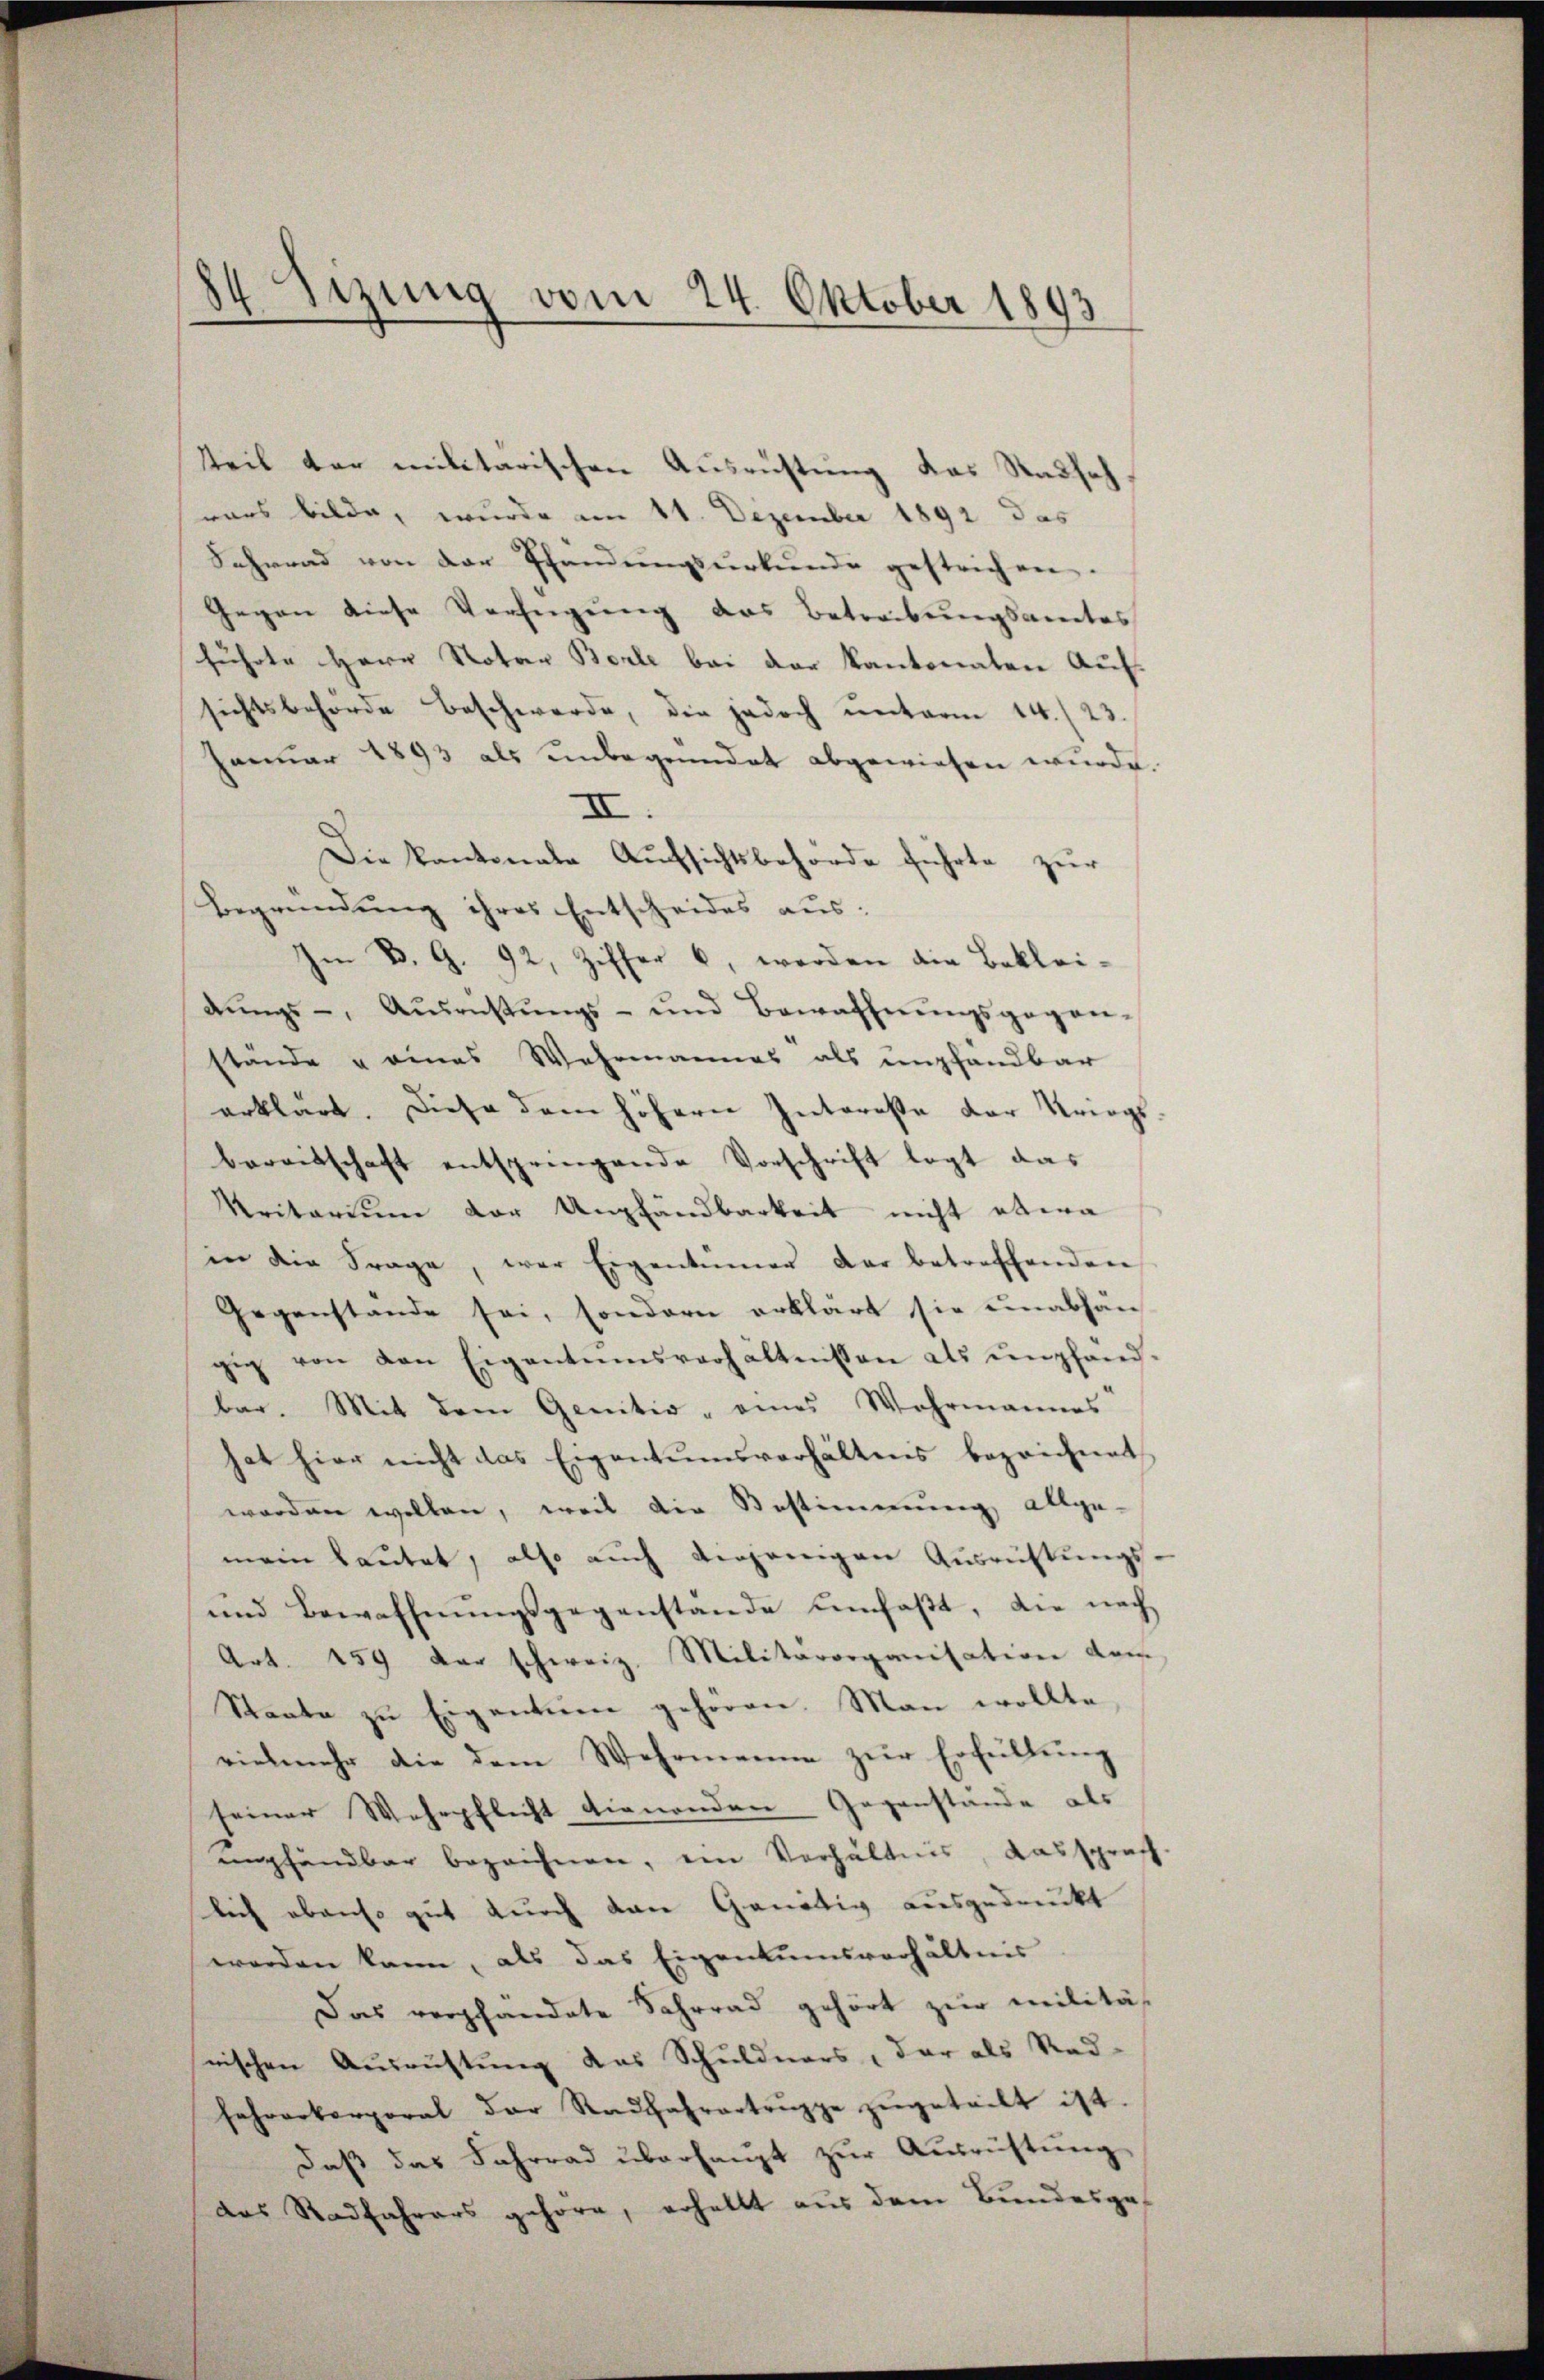
84 Sizung vom 24. Oktober 1893

teil der militärischen Ausrüstung das Stadsch,
vars bilde, wurde am 11. Dezember 1892 das
Sehrend von der Pfandungsurkunde gestrichen.
Gegen diese Verfügung das Betrabungsamtes
führte Herr Notar Borle bei der kantonaten Auf
sichtsbehörde beschwerde, die jedoch unterm 14./23.
Januar 1893 als unbegründet abgewiesen wurde.
II
Die Kantonale Aufsichtsbehörde führte zur
Begründung ihres Entscheides aus:
Im B. G. 92. Ziffer 6, worden die Bekleidŭngs-, Aŭsrüstŭngs- und Bewaffnŭngsgegen-
stande u eines Wahrmannes als empfandbar
erklärt. Diese dem höhern Interesse der Kriegs
bereitschaft entspringende Vorschrift legt das
ritarium der Umpfändbarkeit nicht etwa
in die Frage, war Eigentümer der betreffenden
Gegenstande sei, sondern erklärt sie unabhän
gig von den Eigentumsverhältnissen als empfänd-
bar. Mit dem Genitio, eines Wahrmannes
hat hier nicht das Eigentumsverhältnis bezeichnet
worden wollen, weil die Bestimmung allge-
mein lautet, also auch diejenigen Ausrichtungs
und Bewaffnŭngsgegenstande umfaßt, die nach
Art. 159 der schweiz. Militärorganisation dem
Staate zu Eigentum gehören. Man wollte
vielmehr die dem Wehrmanne zur Erfüllung
seiner Wehrpflicht dienenden Gegenstände als
unpfandbar bezeichnen, ein Verhältnis, Aussprach
lich ebenso gut durch den Gonätig ausgedruckt
werden kann, als das Eigentumsverhältnis
Das verpfandete Schrrad gehört zur Militär
nischen Ausrüstung das Schuldners, der als Rad-
Fehrarberporat der Radfahrertruppe zŭgeteilt ist.
Daß das Fahrrad überhaupt zur Ausrüstung
das Radfahrers gehöre, erhellt aus dem Bundesge-